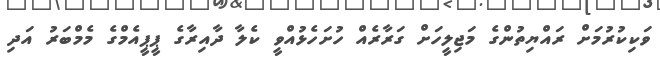
ވަކިކުރުމަށް ރައްޔިތުންގެ މަޖިލީހަށް ގަރާރެއް ހުށަހެޅުއްވީ ކެލާ ދާއިރާގެ ޕީޕީއެމްގެ މެމްބަރު އަދި